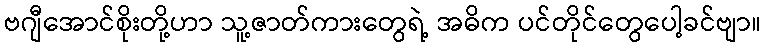
ဗဂျီအောင်စိုးတို့ဟာ သူ့ဇာတ်ကားတွေရဲ့ အဓိက ပင်တိုင်တွေပေါ့ခင်ဗျာ။